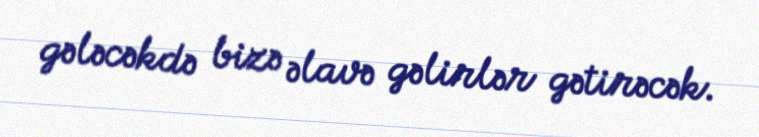
gələcəkdə bizə əlavə gəlirlər gətirəcək.